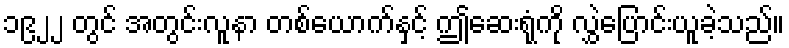
၁၉၂၂ တွင် အတွင်းလူနာ တစ်ယောက်နှင့် ဤဆေးရုံကို လွှဲပြောင်းယူခဲ့သည်။